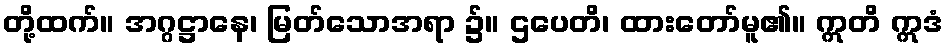
တို့ထက်။ အဂ္ဂဋ္ဌာနေ၊ မြတ်သောအရာ ၌။ ဌပေတိ၊ ထားတော်မူ၏။ ဣတိ ဣဒံ